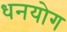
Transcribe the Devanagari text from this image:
धनयोग